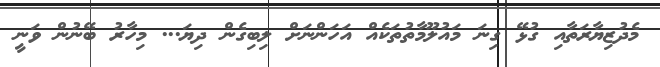
މެދުޒިޔާރަތާއި ގުޅޭ ގިނަ މައުލޫމާތުތަކެއް އަހަންނަށް ލިބިގެން ދިޔަ... މިހާރު ބޭނުން ވަނީ